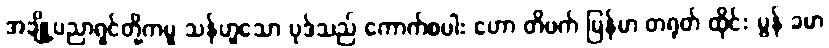
အချို့ပညာရှင်တို့ကမူ သန်ဟူသော ပုဒ်သည် ကောက်စပါး ဟော တိဗက် မြန်မာ တရုတ် ထိုင်း မွန် ခမာ